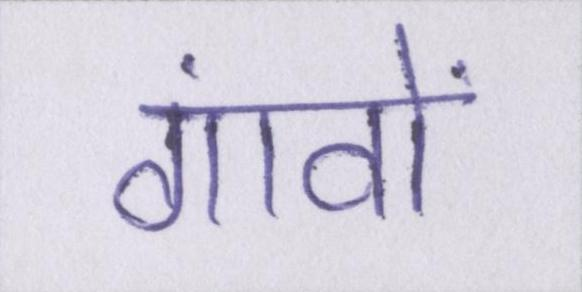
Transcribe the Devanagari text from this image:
गांवों